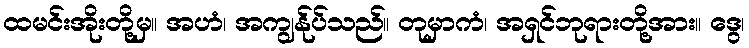
ထမင်းအိုးတို့မှ။ အဟံ၊ အကျွန်ုပ်သည်။ တုမှာကံ၊ အရှင်ဘုရားတို့အား။ ဒွေ၊